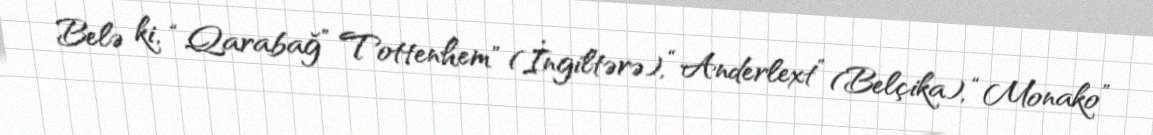
Belə ki, “Qarabağ” Tottenhem" (İngiltərə), “Anderlext” (Belçika), “Monako”